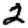
Digit: 2